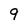
Character: 9